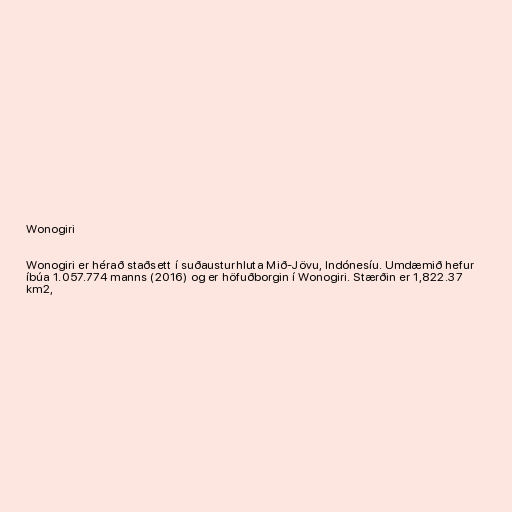
Wonogiri

Wonogiri er hérað staðsett í suðausturhluta Mið-Jövu, Indónesíu. Umdæmið hefur
íbúa 1.057.774 manns (2016) og er höfuðborgin í Wonogiri. Stærðin er 1,822.37
km2,